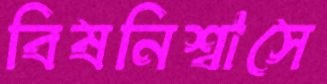
বিষনিশ্বাসে